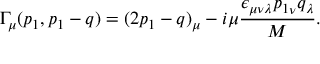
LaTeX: \Gamma _ { \mu } ( p _ { 1 } , p _ { 1 } - q ) = ( 2 p _ { 1 } - q ) _ { \mu } - i \mu { \frac { \epsilon _ { \mu \nu \lambda } { p _ { 1 } } _ { \nu } q _ { \lambda } } { M } } .